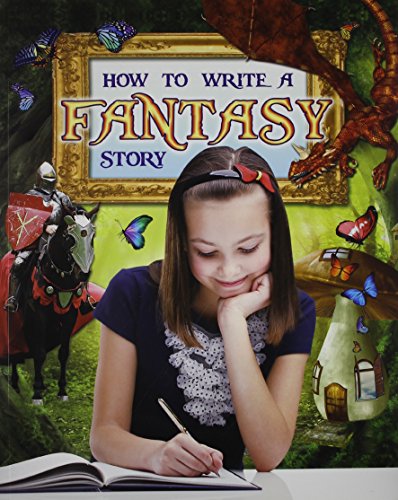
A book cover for How to Write a Fantasy Story (Text Styles); Natalie Hyde; Science Fiction & Fantasy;